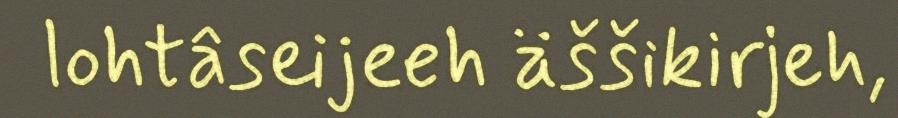
lohtâseijeeh äššikirjeh,